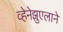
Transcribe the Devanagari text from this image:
व्हेनेझुएलाने